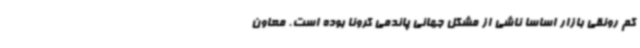
کم رونقی بازار اساساً ناشی از مشکل جهانی پاندمی کرونا بوده است. معاون